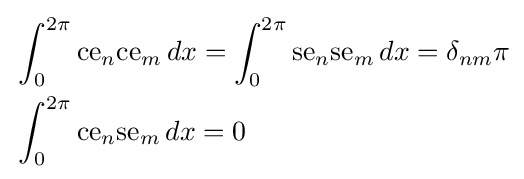
{\begin{aligned}&\int _{0}^{2\pi }{\text{ce}}_{n}{\text{ce}}_{m}\,dx=\int _{0}^{2\pi }{\text{se}}_{n}{\text{se}}_{m}\,dx=\delta _{nm}\pi \\&\int _{0}^{2\pi }{\text{ce}}_{n}{\text{se}}_{m}\,dx=0\end{aligned}}